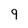
Character: 9